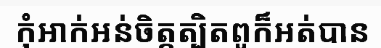
កុំអាក់អន់ចិត្តត្បិតពូក៏អត់បាន